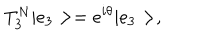
T _ { 3 } ^ { N } | e _ { 3 } > = e ^ { i \theta } | e _ { 3 } > ,